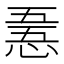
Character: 𢛤